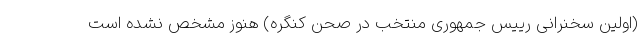
(اولین سخنرانی رییس جمهوری منتخب در صحن کنگره) هنوز مشخص نشده است